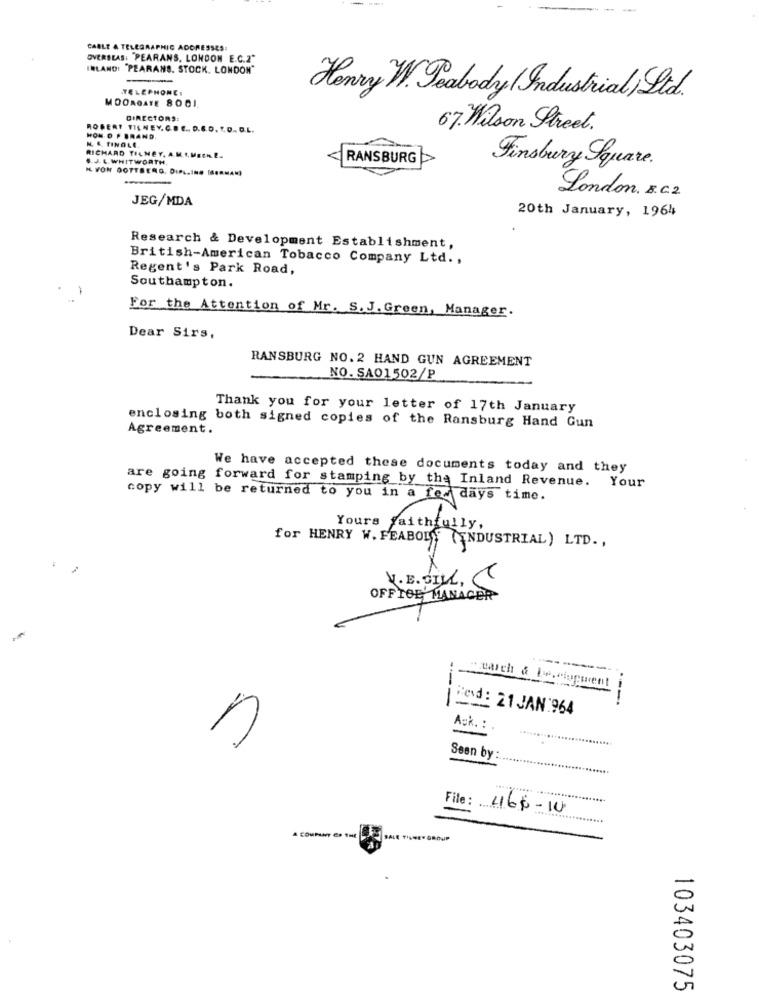
CABLE & TELEGRAPHIC ADDRESSES:
OVERSEAS: PEARANS, LONDON E.C.2"
IRLAND: PEARANS. STOCK. LONDON"
TELEPHONE:
MOORGATE 8001
Henry W. Jeabody / Industrial) Ltd.
DIRECTORS:
ROBERT TILNEY, C.E ., D.G.D. R.O. G.L.
67. Wilson Street.
HON D F BRAND.
N & TINGLE.
S.J. L. WHITWORTH,
RICHARD TILNEY, A.M.L.MECH. E.
<RANSBURG >>
I VON DOTTBERG, DIPL.INO MERMAN)
Finsbury Square.
JEG/MDA
London. x.c.2.
20th January, 1964
Research & Development Establishment,
British-American Tobacco Company Ltd .,
Regent's Park Road,
Southampton.
For the Attention of Mr. S. J. Green, Manager.
Dear Sirs.
RANSBURG NO. 2 HAND GUN AGREEMENT
NO. SA01502/P
Thank you for your letter of 17th January
Agreement.
enclosing both signed copies of the Ransburg Hand Gun
We have accepted these documents today and they
are going forward for stamping by the Inland Revenue. Your
copy will be returned to you in a few days time.
Yours faithfully,
for HENRY W. FEABOLA(INDUSTRIAL) LTD .,
V. E. SILL,
OFF TOE MANAGER
march & Deoctuguent
---
----
Ped: 21 JAN 964
Ack. :
Seen by
File: 466-10
SALE TILNEY GROUP
103403075